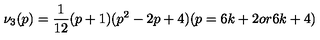
\nu _ { 3 } ( p ) = \frac { 1 } { 1 2 } ( p + 1 ) ( p ^ { 2 } - 2 p + 4 ) ( p = 6 k + 2 o r 6 k + 4 )